Vaccine operations Central Provinces 1868-1885 - 1868-1885
Year: 1868
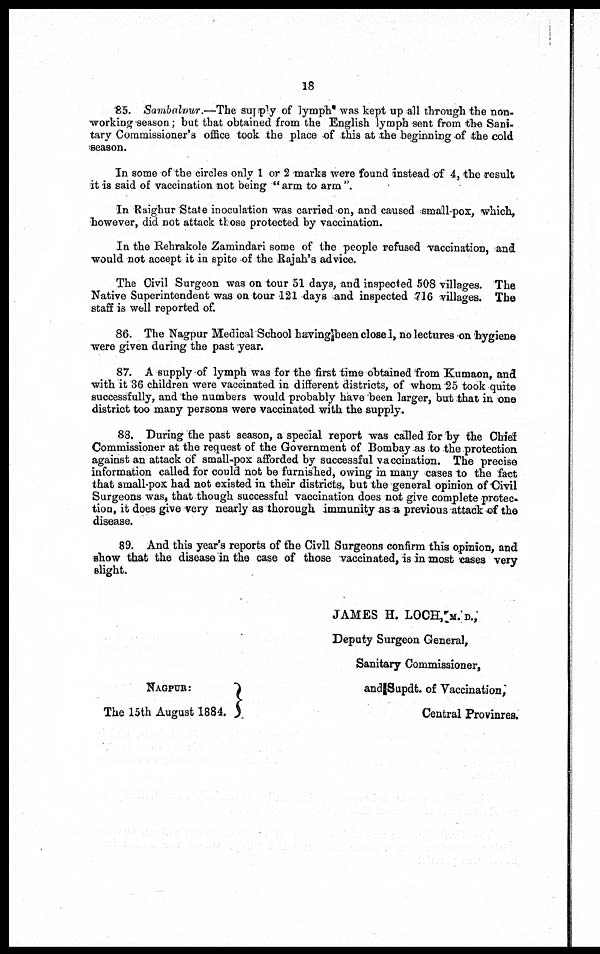
18
85. Sambalpur.—The supply of lymph was kept up all through the non-
working season; but that obtained from the English lymph sent from the Sani-
tary Commissioner's office took the place of this at the beginning of the cold
season.
In some of the circles only 1 or 2 marks were found instead of 4, the result
it is said of vaccination not being " arm to arm "
In Raighur State inoculation was carried on, and caused small-pox, which,
however, did not attack those protected by vaccination.
In the Rehrakole Zamindari some of the people refused vaccination, and
would not accept it in spite of the Rajah's advice.
The Civil Surgeon was on tour 51 days, and inspected 508 villages. The
Native Superintendent was on tour 121 days and inspected 716 villages. The
staff is well reported of.
86. The Nagpur Medical School having been closed, no lectures on hygiene
were given during the past year.
87. A supply of lymph was for the first time obtained from Kumaon, and
with it 36 children were vaccinated in different districts, of whom 25 took quite
successfully, and the numbers would probably have been larger, but that in one
district too many persons were vaccinated with the supply.
88. During the past season, a special report was called for by the Chief
Commissioner at the request of the Government of Bombay as to the protection
against an attack of small-pox afforded by successful vaccination. The precise
information called for could not be furnished, owing in many cases to the fact
that small-pox had not existed in their districts, but the general opinion of Civil
Surgeons was, that though successful vaccination does not give complete protec¬
tion, it does give very nearly as thorough immunity as a previous attack of the
disease.
89. And this year's reports of the Civil Surgeons confirm this opinion, and
show that the disease in the case of those vaccinated, is in most cases very
slight.
JAMES H. LOCH, M. D.,
Deputy Surgeon General,
Sanitary Commissioner,
and Supdt. of Vaccination,
Central Provinres.
NAGPUR:
The 15th August 1884.